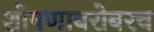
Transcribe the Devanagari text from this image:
शोषणाबरोबरच